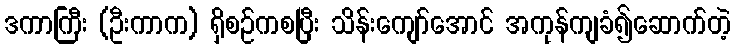
ဒကာကြီး (ဦးကာက) ရှိစဉ်ကစပြီး သိန်းကျော်အောင် အကုန်ကျခံ၍ဆောက်တဲ့